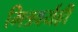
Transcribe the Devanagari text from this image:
मित्रवर्यही